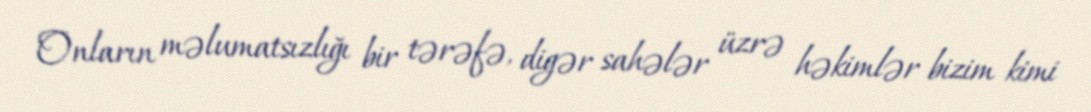
Onların məlumatsızlığı bir tərəfə, digər sahələr üzrə həkimlər bizim kimi